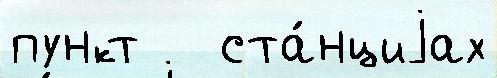
пункт   ста́нциjах